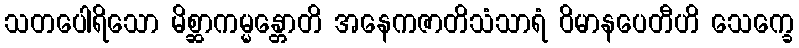
သတပေါရိသော မိစ္ဆာကမ္မန္တောတိ အနေကဇာတိသံသာရံ ဝိမာနပေတီဟိ သေက္ခေ